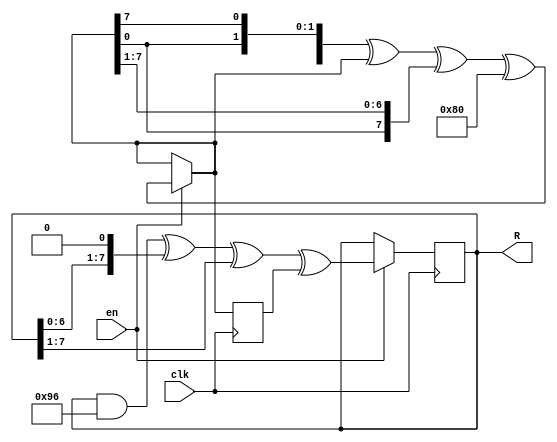
module trng (
    input clk,
    input en,
    output [7:0] R
);


wire [7:0] a, c;
reg [7:0] b, d;

assign a = (en) ? ({ a[6:0], a[7] } ^ a ^ { a[0], a[7:1] } ^ 8'h80) : a;

always @(posedge clk)
begin
	b <= a;
end

assign c = (d & 8'h96) ^ { d[6:0], 1'b0 } ^ { 1'b0, d[7:1] } ^ b;
always @(posedge clk)
begin
	d <= (en) ? c : d;
end

assign R = d;

endmodule